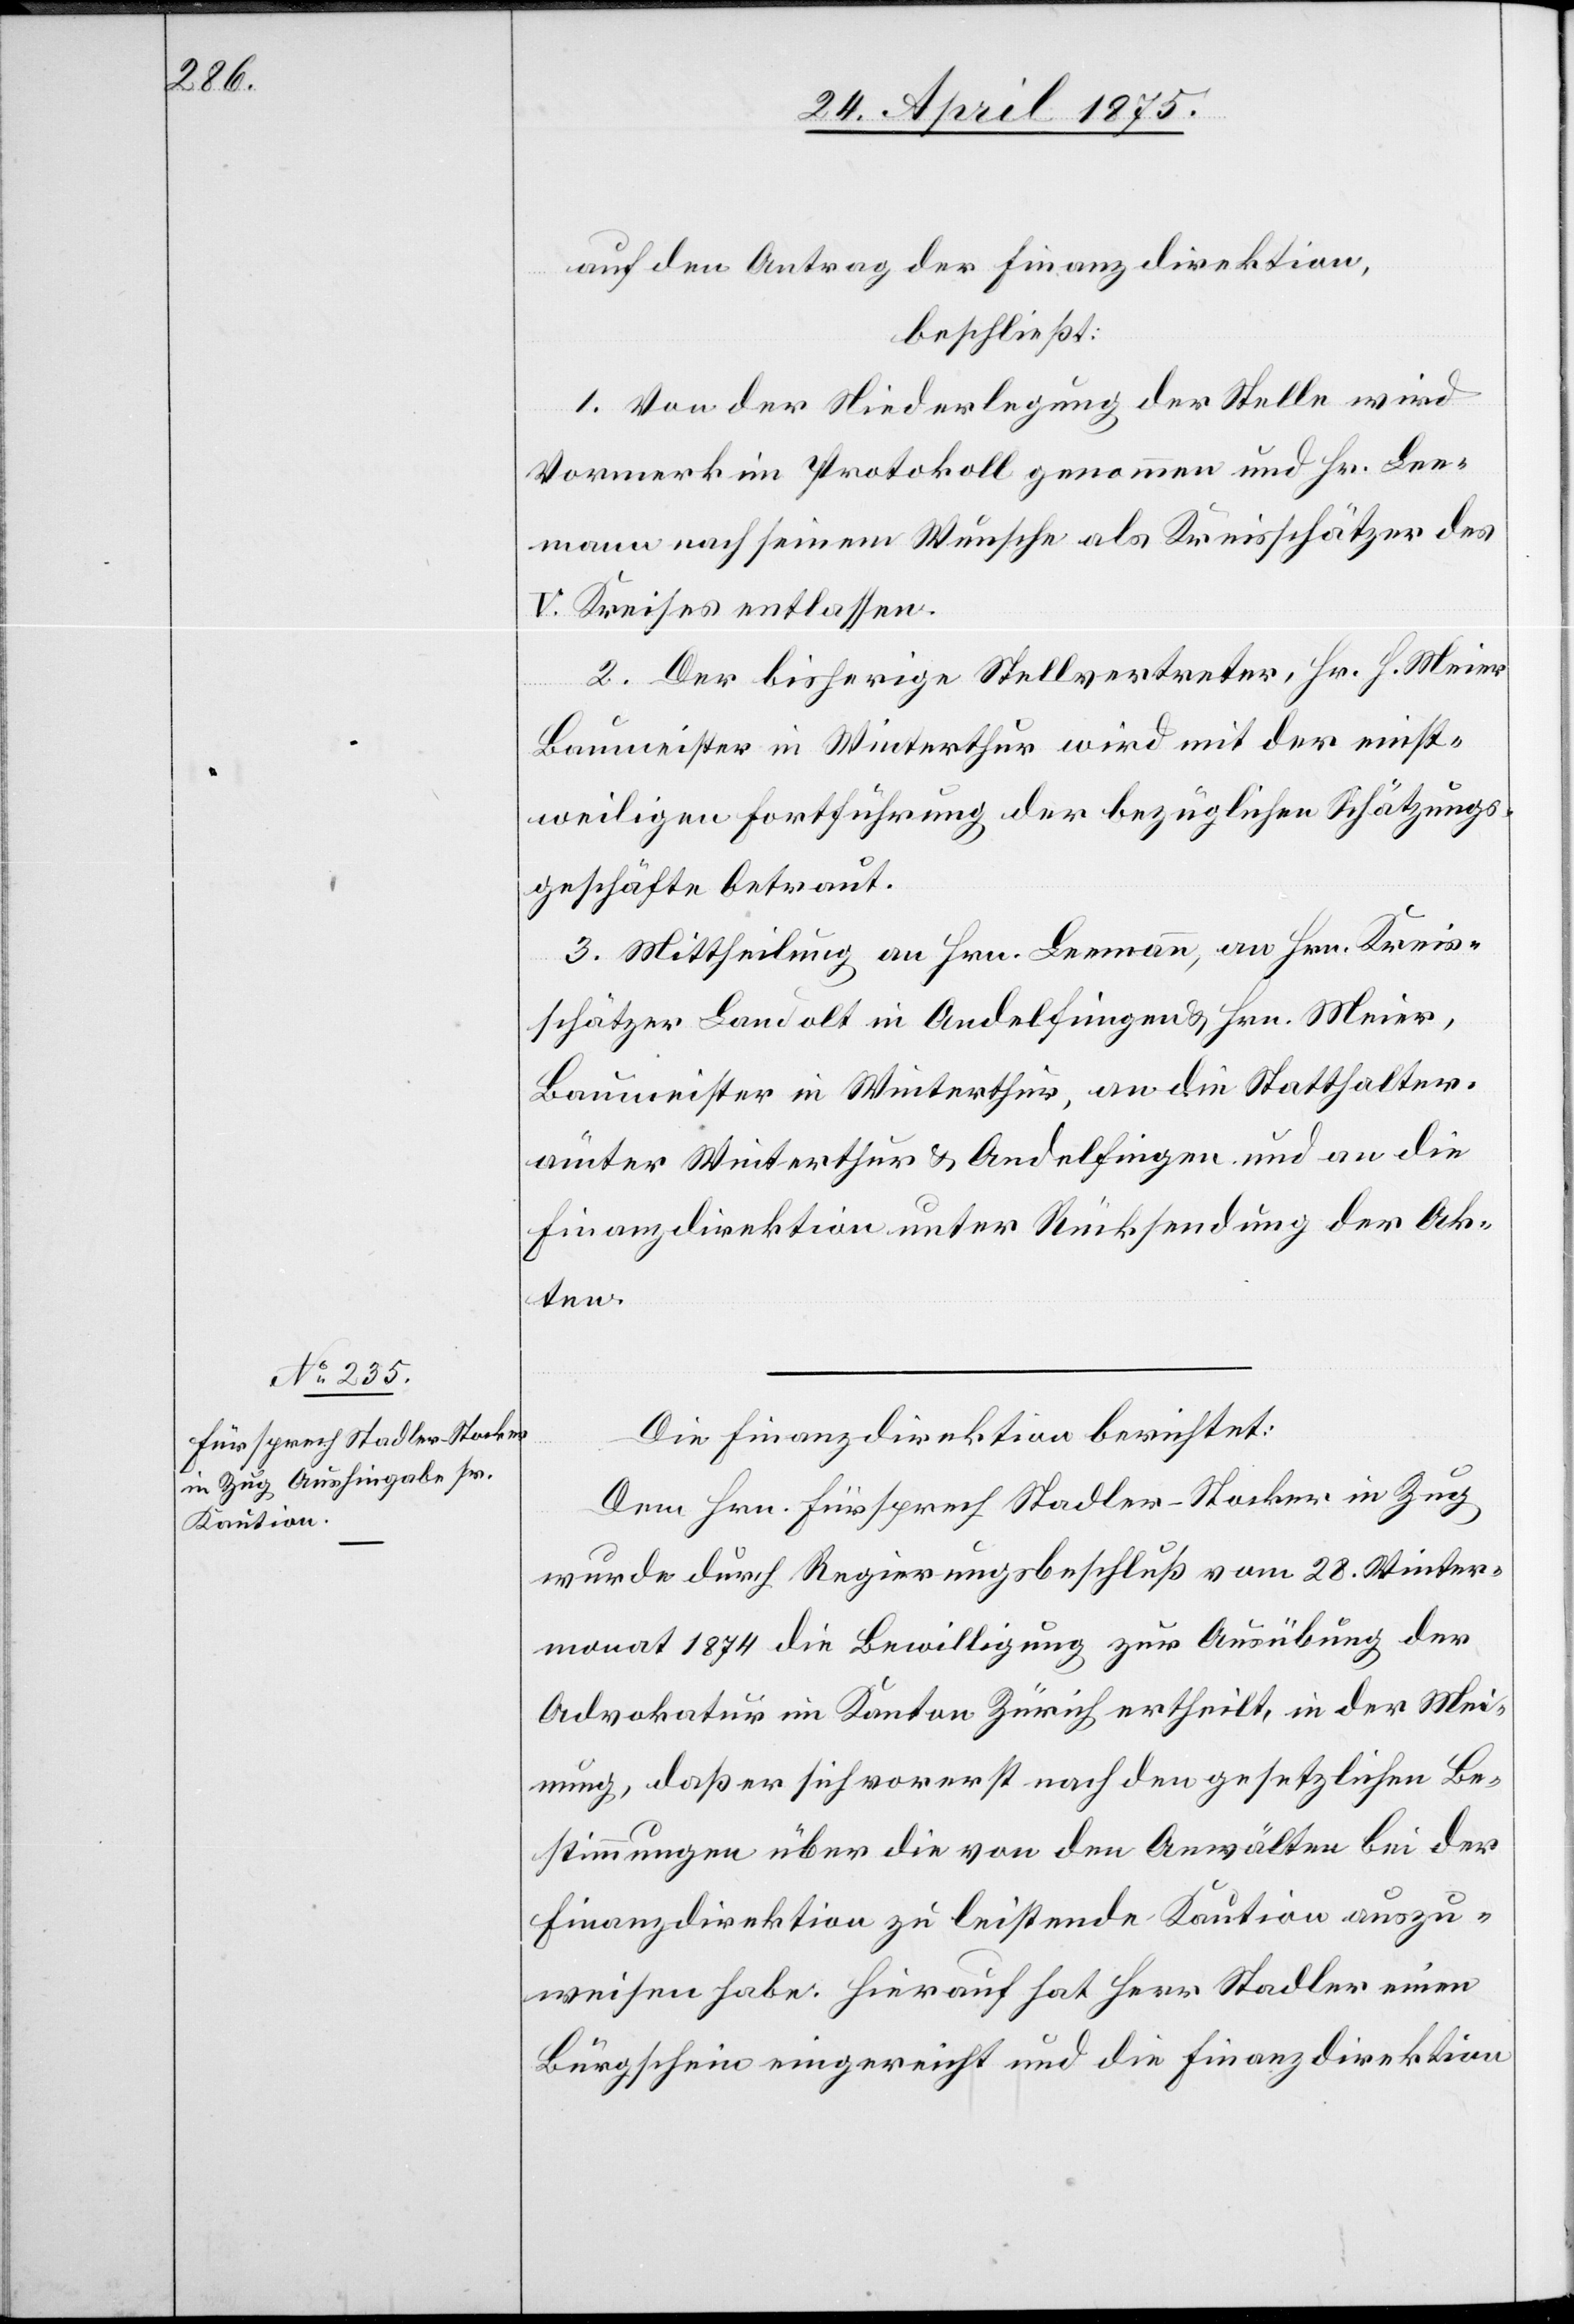
auf den Antrag der Finanzdirektion,
beschließt:
1. Von der Niederlegung der Stelle wird
Vormerk in Protokoll genommen und Hr. Lee¬
mann nach seinem Wunsche als Kreisschätzer des
V. Kreises entlassen.
2. Der bisherige Stellvertreter, Hr. H. Meier
Baumeister in Winterthur wird mit der einst¬
weiligen Fortführung der bezüglichen Schätzungs¬
geschäfte betraut.
3. Mittheilung an Hrn. Leemann, Hrn. Kreis¬
schätzer Landolt in Andelfingen & Hrn. Meier,
Baumeister in Winterthur, an die Statthalter¬
ämter Winterthur & Andelfingen und an die
Finanzdirektion unter Rücksendung der Ak¬
ten.
Die Finanzdirektion berichtet:
Dem Hrn. Fürsprech Stadler-Stocker in Zug
wurde durch Regierungsbeschluß vom 28. Winter¬
monat 1874 die Bewilligung zur Ausübung der
Advokatur im Kanton Zürich ertheilt, in der Mei¬
nung, daß er sich vorerst nach den gesetzlichen Be¬
stimmungen über die von den Anwälten bei der
Finanzdirektion zu leistende Kaution auszu¬
weisen habe. Hierauf hat Herr Stadler einen
Bürgschein eingereicht und die Finanzdirektion